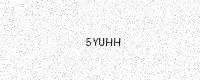
Text: 5YUHH